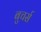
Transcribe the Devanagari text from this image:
बुचर्स